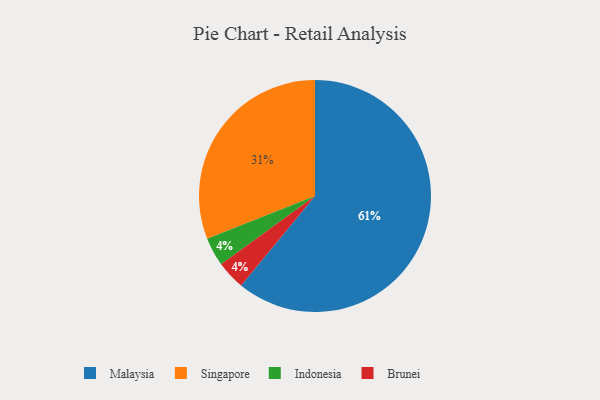
{"axis": {"x": "Category", "y": "Percentage"}, "legend": ["Brunei", "Indonesia", "Malaysia", "Singapore"], "data": [{"x": "Indonesia", "y": 4, "type": "Indonesia"}, {"x": "Brunei", "y": 4, "type": "Brunei"}, {"x": "Singapore", "y": 31, "type": "Singapore"}, {"x": "Malaysia", "y": 61, "type": "Malaysia"}]}